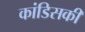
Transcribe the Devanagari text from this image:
कांडिसकी